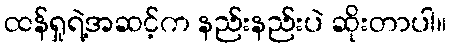
ထန်ရှုရဲ့အဆင့်က နည်းနည်းပဲ ဆိုးတာပါ။